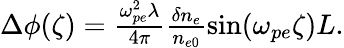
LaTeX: \begin{array}{r}{\Delta\phi(\zeta)=\frac{\omega_{pe}^{2}\lambda}{4\pi}\frac{\delta n_{e}}{n_{e0}}\sin(\omega_{pe}\zeta)L.}\end{array}